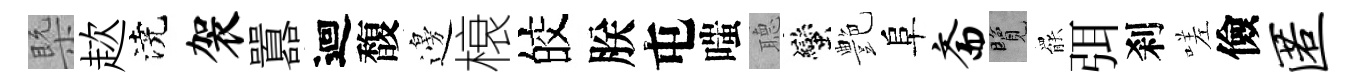
槩趑澆袈囂迴馥邊榱皎朕屯嗤𦗟蠻艶阜斋覽罷弭刹嗟儉匿